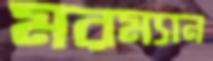
মরম্যান